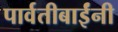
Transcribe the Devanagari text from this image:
पार्वतीबाईंनी